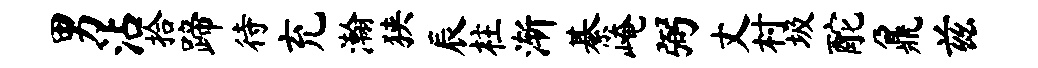
男沾拾蹄待充瀚狭辰柱渐綦崦弼丈村圾酡鼐兹